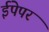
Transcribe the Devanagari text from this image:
ईपेपर